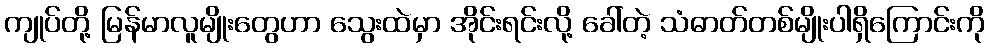
ကျုပ်တို့ မြန်မာလူမျိုးတွေဟာ သွေးထဲမှာ အိုင်းရင်းလို့ ခေါ်တဲ့ သံဓာတ်တစ်မျိုးပါရှိကြောင်းကို